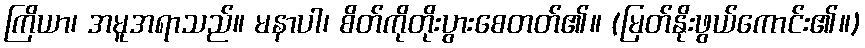
ကြိယာ၊ အမူအရာသည်။ မနာပါ၊ စိတ်ကိုတိုးပွားစေတတ်၏။ (မြတ်နိုးဖွယ်ကောင်း၏။)